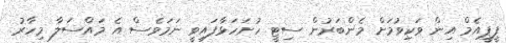
ޕީޕީއެމް އިން ވަކިވުމަށް މެންބަރުން ސިޓީ ހުށަހަޅާފައިވީ ނަމަވެސް އެ މައްސަލާ މިހާރު